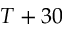
T + 3 0